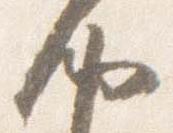
納